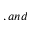
, a n d